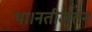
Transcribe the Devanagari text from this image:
था।नतीजतन